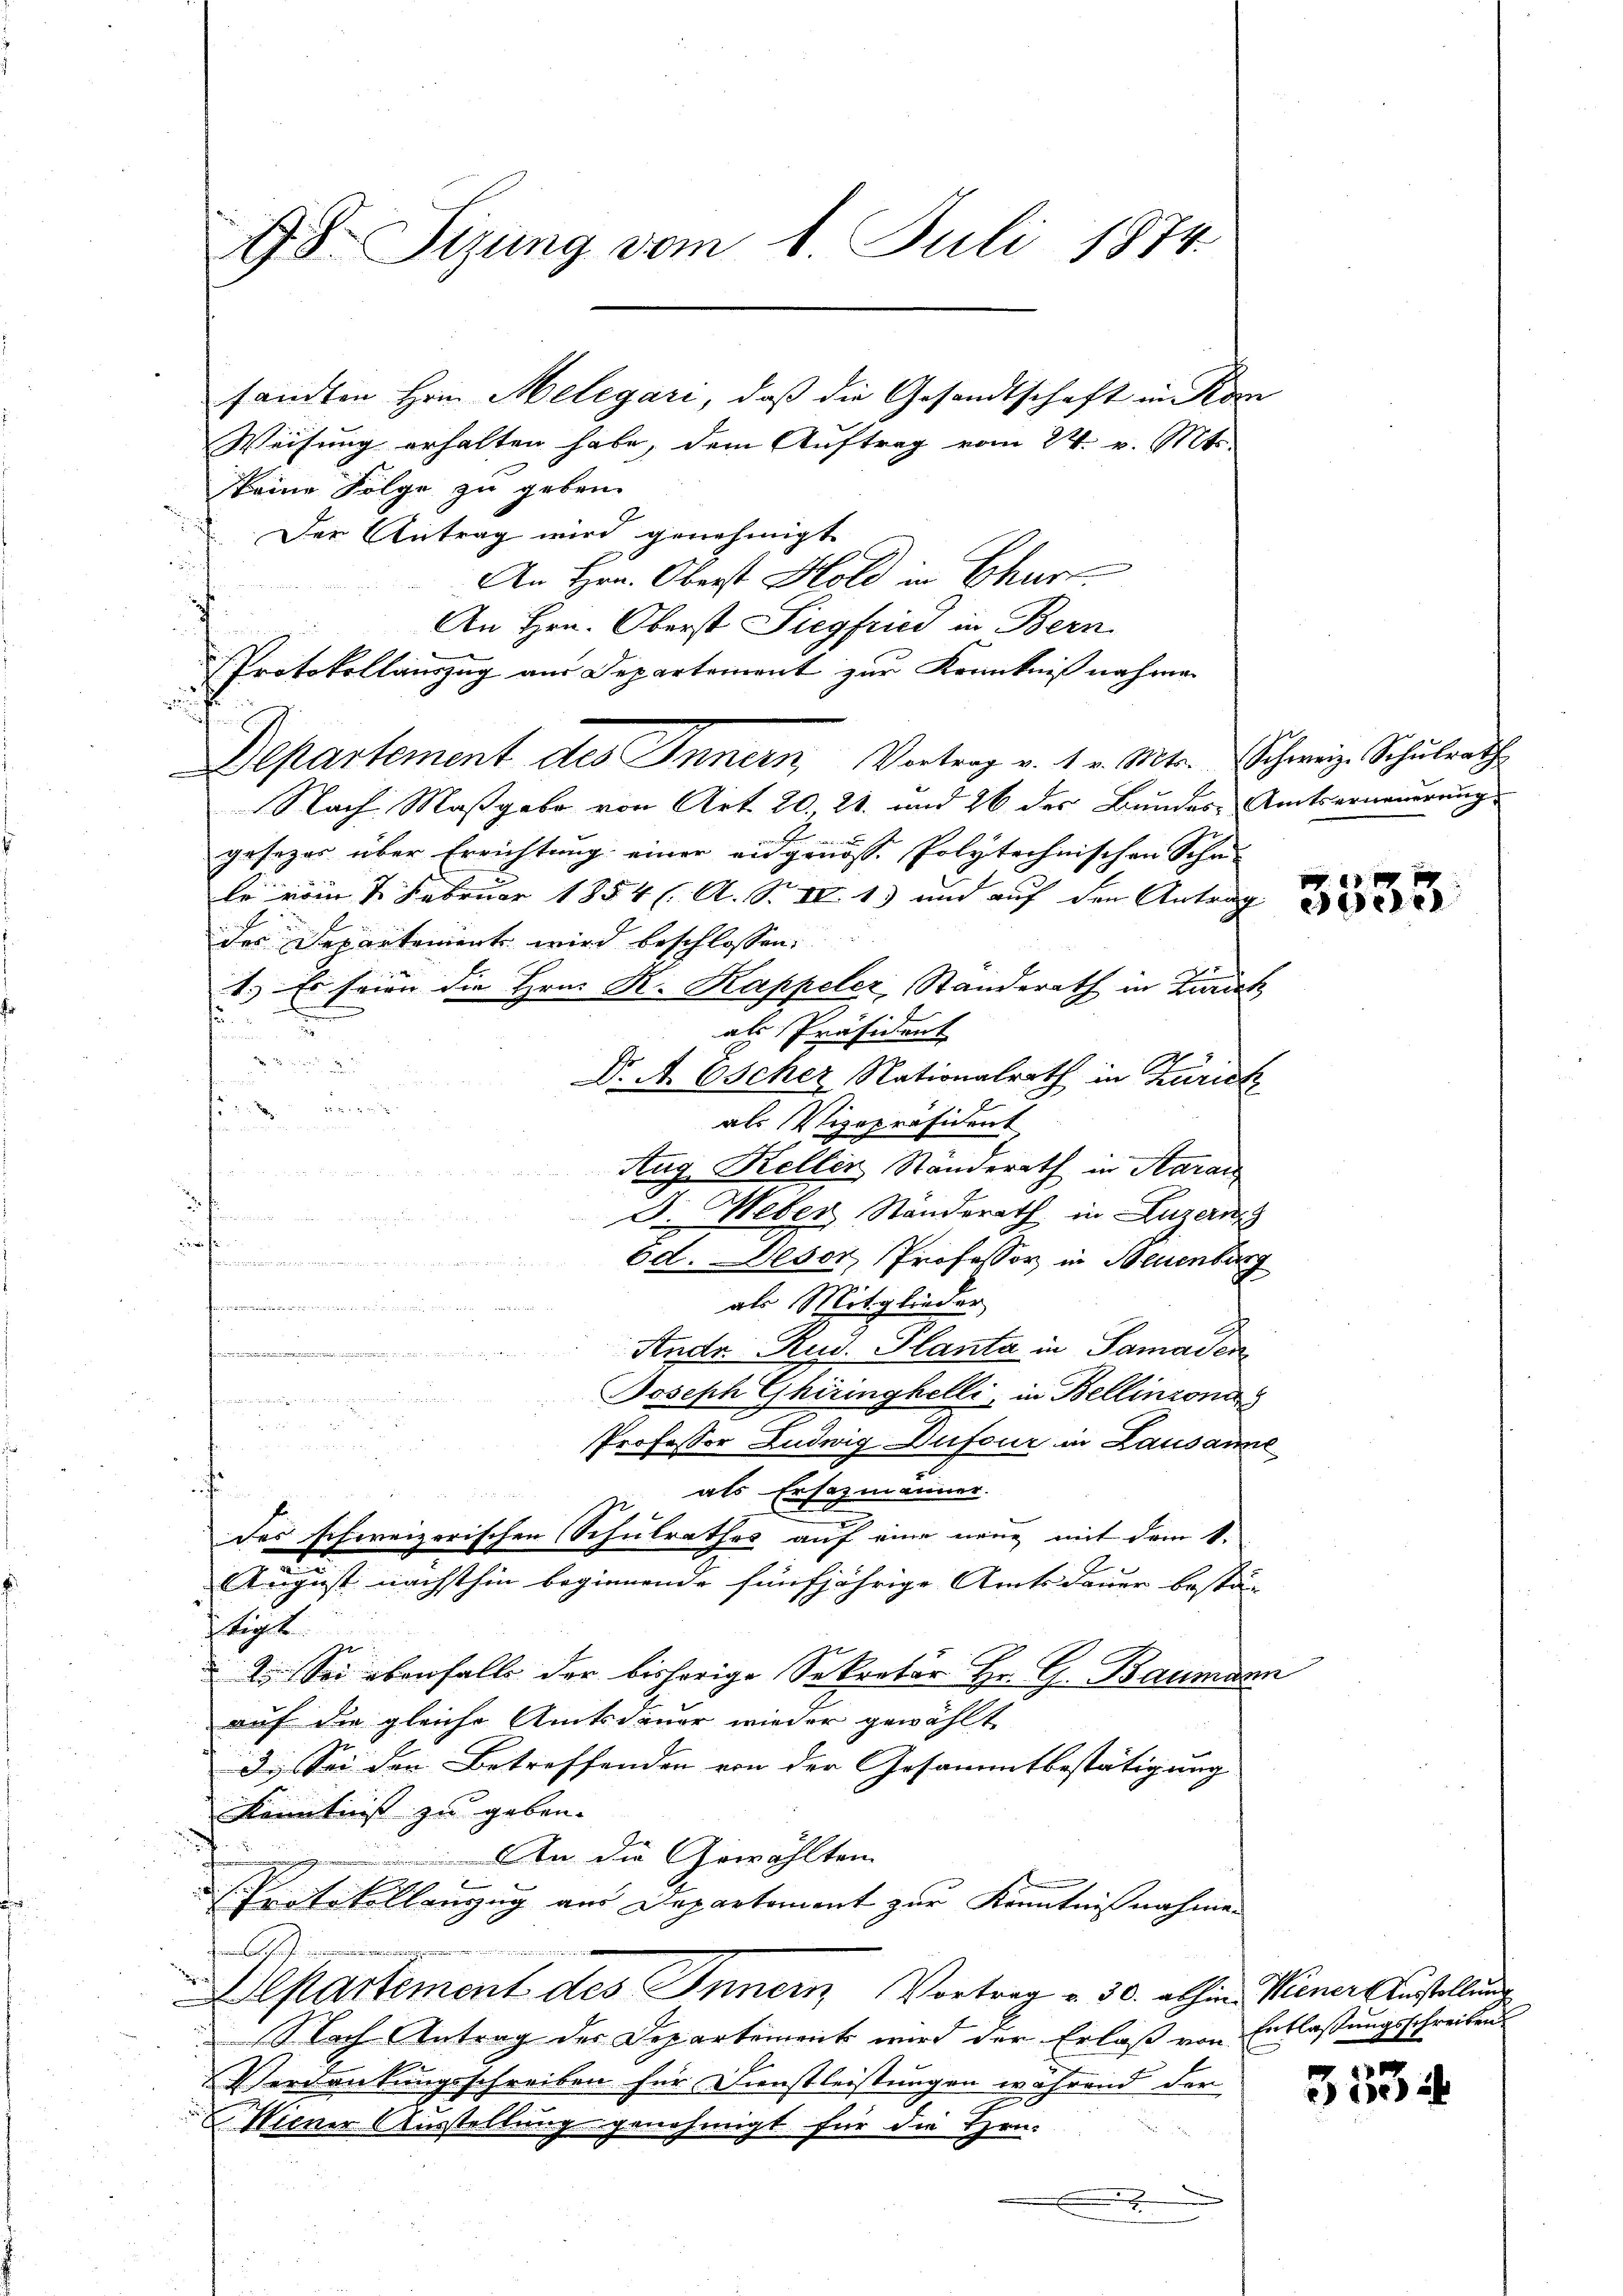
78. Sizung vom 1. Juli 1874.
sandten Hrn. Melegari, daß die Gesandtschaft in Kom
Weisung erhalten habe, dem Auftrag vom 24. v. Mts.

keine Folge zu geben.
Der Antrag wird genehmigt
An Hrn. Oberst Hold in Chur
An Hrn. Oberst Siegfried in Bern
Protokollauszug aus Departement zur Kenntnißnahmen
au
Departement des Innern, Vortrag v. 1. v. Mts. Schweiz. Schulrathe
Nach Maßgabe von Art. 20. 21. und 26 des Bundes- Amtserneuerung
gesezes über Errichtung einer eidgenösse Polytechnischen Scha-
le vom 2. Februar 1854 (. A. S. IV 1) und auf den Antrag
Jes Departoniert wird beschlossen:
1.) Es seien die Hrn. R. Kappeler, Standerath in Zürich
2.
als Präsident

Dr A. Escher Nationalrath in Zürich
E
18 f 5 xx
f
als Vizepräsident
Aug Keller Ständerath in Aarau
x
J. Weber Ständerath in Luzern
u
232 f
fierigen wir
öd. Deser Professor in Neuenburg
als Mitglieder
dchen er alten hatte der die er der bis andelt es dere wie de
c
Andr. Rud. Planta in Samaden

Joseph Ghiringhelli, in Bellinzona
..  ..  ..
er
Professor Ludwig Dufour in Lausanne
5
i
als Ersezmänner.
des schweizerischen Schulrathes auf eine neue mit dem k.
August nächsthin beginnende fünfjährige Amtsdauer bestän
tigte un
 Sei ebenfalls der bisherige Sekretär Hr. G. Baumann
auf die gleiche Amtsdauer wieder gewählt
3. Sei den Betreffenden von der Gesammtbestätigung
Kenntniß zu geben.
An die Gewählten
d Protokollenzug aus Departement zur Kenntnißnahme
.
Alpartement des Innern, Vortrag v. 30. abhin Miener Austellung
Nach Antrag des Departement wird der Erlaß von Entlassungsschreiben
Verdankungsschreiben für Dienstleistungen während der
Miener Ausstellung genehmigt für die Hen-

3534